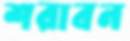
শরাবন